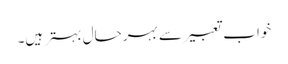
خواب تعبیر سے بہرحال بہتر ہیں۔